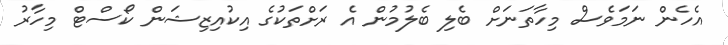
އެހެން ނަމަވެސް މިހާތަނަށް ބެލި ބެލުމުން އެ ރަށްތަކުގެ އިކުއިޒިޝަން ކޯސްޓް މިހާރު